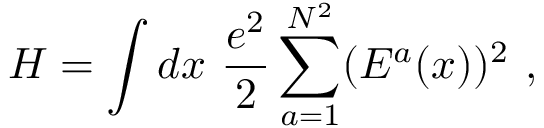
H = \int d x ~ \frac { e ^ { 2 } } { 2 } \sum _ { a = 1 } ^ { N ^ { 2 } } ( E ^ { a } ( x ) ) ^ { 2 } \ ,